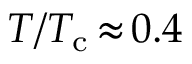
T / T _ { \mathrm { c } } \, { \approx } \, 0 . 4